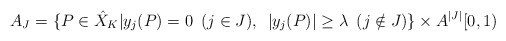
\begin{align*}A_J = \{P\in \hat{X}_K| y_j(P)=0 \,\,\,(j\in J),\,\,\,|y_j(P)|\geq \lambda\,\,\, (j \notin J)\}\times A^{|J|}[0,1)\end{align*}